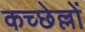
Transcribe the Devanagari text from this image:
कच्छेल्लों